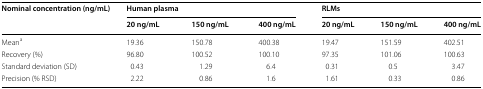
| <ROWSPAN=2> Nominal concentration (ng/mL) | <COLSPAN=3> Human plasma | <COLSPAN=3> RLMs |
 | 20 ng/mL | 150 ng/mL | 400 ng/mL | 20 ng/mL | 150 ng/mL | 400 ng/mL |
 | --- | --- | --- | --- | --- | --- | --- |
 | Meana | 19.36 | 150.78 | 400.38 | 19.47 | 151.59 | 402.51 |
 | Recovery (%) | 96.80 | 100.52 | 100.10 | 97.35 | 101.06 | 100.63 |
 | Standard deviation (SD) | 0.43 | 1.29 | 6.4 | 0.31 | 0.5 | 3.47 |
 | Precision (% RSD) | 2.22 | 0.86 | 1.6 | 1.61 | 0.33 | 0.86 |